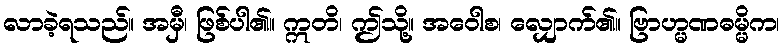
လာခဲ့ရသည်။ အမှီ၊ ဖြစ်ပါ၏။ ဣတိ၊ ဤသို့။ အဝေါစ၊ လျှောက်၏။ ဗြာဟ္မဏဓမ္မိက၊